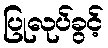
ပြုလုပ်ခွင့်